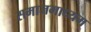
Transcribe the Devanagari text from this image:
समाजमाध्यम